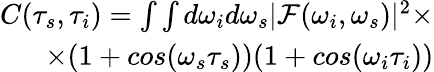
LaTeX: \begin{array}{r}{C(\tau_{s},\tau_{i})=\int\int d\omega_{i}d\omega_{s}|\mathcal{F}(\omega_{i},\omega_{s})|^{2}\times}\\ {\times(1+cos(\omega_{s}\tau_{s}))(1+cos(\omega_{i}\tau_{i}))}\end{array}